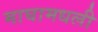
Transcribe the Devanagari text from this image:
माघामधली